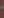
-